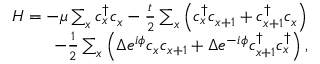
\begin{array} { r } { H = - \mu \sum _ { x } c _ { x } ^ { \dagger } c _ { x } - \frac { t } { 2 } \sum _ { x } \left( c _ { x } ^ { \dagger } c _ { x + 1 } + c _ { x + 1 } ^ { \dagger } c _ { x } \right) } \\ { - \frac { 1 } { 2 } \sum _ { x } \left( \Delta e ^ { i \phi } c _ { x } c _ { x + 1 } + \Delta e ^ { - i \phi } c _ { x + 1 } ^ { \dagger } c _ { x } ^ { \dagger } \right) , } \end{array}